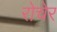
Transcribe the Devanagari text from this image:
रोचेर